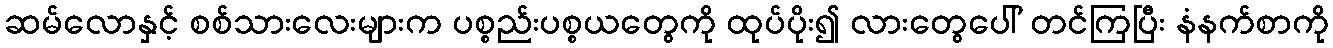
ဆမ်လောနှင့် စစ်သားလေးများက ပစ္စည်းပစ္စယတွေကို ထုပ်ပိုး၍ လားတွေပေါ် တင်ကြပြီး နံနက်စာကို